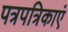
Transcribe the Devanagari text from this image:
पत्रपत्रिकाएं